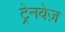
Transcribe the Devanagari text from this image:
ट्रेनवेज़